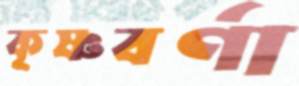
কৃষ্ণবর্ণা